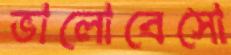
ভালোবেসো